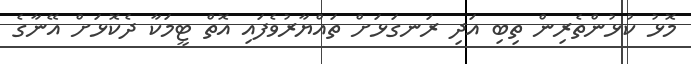
މޮޅު ކުޅުންތެރިން ތިބި އަދި ރަނގަޅަށް ތައްޔާރުވެފައި އޮތް ޓީމަކާ ދެކޮޅަށް އޭނާގެ